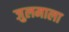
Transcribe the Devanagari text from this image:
जुलमाला